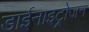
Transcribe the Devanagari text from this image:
डाईनाइट्रोजन